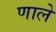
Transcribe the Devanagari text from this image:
णाले